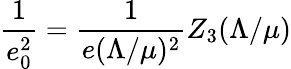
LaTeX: \frac{1}{e_{0}^{2}}=\frac{1}{e(\Lambda/\mu)^{2}}Z_{3}(\Lambda/\mu)